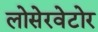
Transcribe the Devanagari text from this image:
लोसेरवेटोर